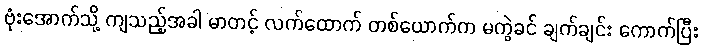
ဗုံးအောက်သို့ ကျသည့်အခါ မာတင့် လက်ထောက် တစ်ယောက်က မကွဲခင် ချက်ချင်း ကောက်ပြီး